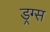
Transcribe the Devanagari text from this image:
ड्रग्‍स